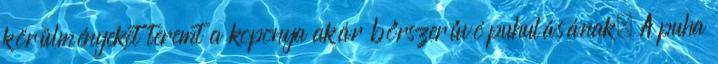
körülményeket teremt a koponya akár bőrszerűvé puhulásának. A puha